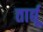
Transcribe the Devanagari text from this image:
तार्द्यू